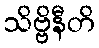
သိဗ္ဗိနီတိ